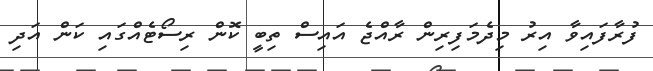
ފުރާފައިވާ އިރު މިދެމަފިރިން ރާއްޖެ އައިސް ތިބީ ކޮން ރިސޯޓެއްގައި ކަން އަދި